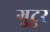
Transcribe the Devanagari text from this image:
गुटुर